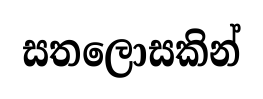
සතලොසකින්